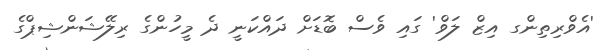
'އެވްރިތިންގ އިޒް ލަވް' ގައި ވެސް ބޮޑަށް ދައްކަނީ ދެ މީހުންގެ ރިލޭޝަންޝިޕްގެ